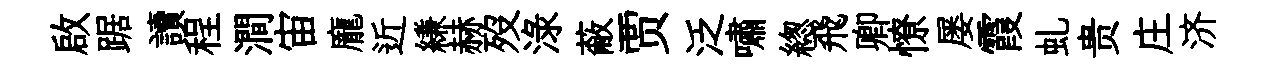
啟踞讀程澗宙龐近縑赫歿渌蔽贾泛嘯緫飛卿憭屡霞虬贵庄济